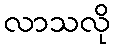
လာသလို